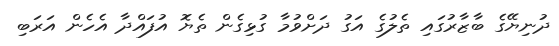
ދުނިޔޭގެ ބާޒާރުގައި ތެލުގެ އަގު ދަށްވުމާ ގުޅިގެން ތެޔޮ އުފައްދާ އެހެން އަރަބި